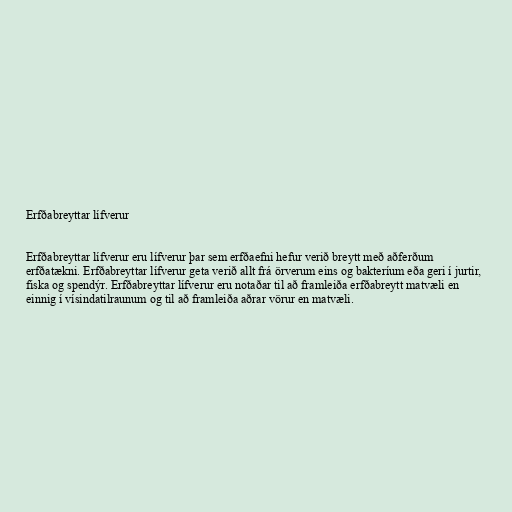
Erfðabreyttar lífverur

Erfðabreyttar lífverur eru lífverur þar sem erfðaefni hefur verið breytt með aðferðum
erfðatækni. Erfðabreyttar lífverur geta verið allt frá örverum eins og bakteríum eða geri í jurtir,
fiska og spendýr. Erfðabreyttar lífverur eru notaðar til að framleiða erfðabreytt matvæli en
einnig í vísindatilraunum og til að framleiða aðrar vörur en matvæli.